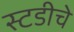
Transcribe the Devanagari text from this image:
स्टडीचे